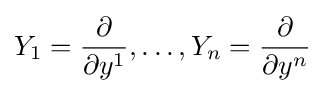
Y_{1}={\frac {\partial }{\partial y^{1}}},\dots ,Y_{n}={\frac {\partial }{\partial y^{n}}}